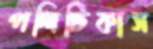
পলিটিকাস